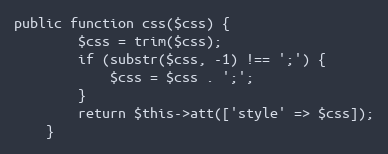
Language: PHP
public function css($css) {
        $css = trim($css);
        if (substr($css, -1) !== ';') {
            $css = $css . ';';
        }
        return $this->att(['style' => $css]);
    }